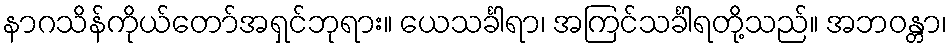
နာဂသိန်ကိုယ်တော်အရှင်ဘုရား။ ယေသင်္ခါရာ၊ အကြင်သင်္ခါရတို့သည်။ အဘဝန္တာ၊